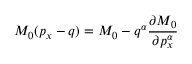
{ \cal M } _ { 0 } ( p _ { x } - q ) = { \cal M } _ { 0 } - q ^ { \alpha } \frac { \partial { \cal M } _ { 0 } } { \partial p _ { x } ^ { \alpha } }